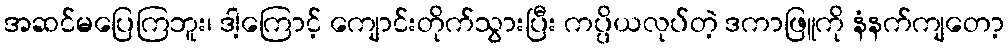
အဆင်မပြေကြဘူး၊ ဒါ့ကြောင့် ကျောင်းတိုက်သွားပြီး ကပ္ပိယလုပ်တဲ့ ဒကာဖြူကို နံနက်ကျတော့